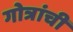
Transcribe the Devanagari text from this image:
गोत्रांची